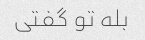
بله تو گفتی